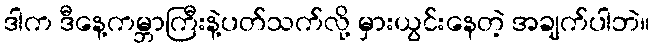
ဒါက ဒီနေ့ကမ္ဘာကြီးနဲ့ပတ်သက်လို့ မှားယွင်းနေတဲ့ အချက်ပါဘဲ။